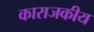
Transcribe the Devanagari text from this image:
काराजकीय